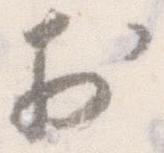
於